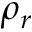
\rho _ { r }